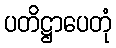
ပတိဋ္ဌာပေတုံ